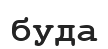
буда